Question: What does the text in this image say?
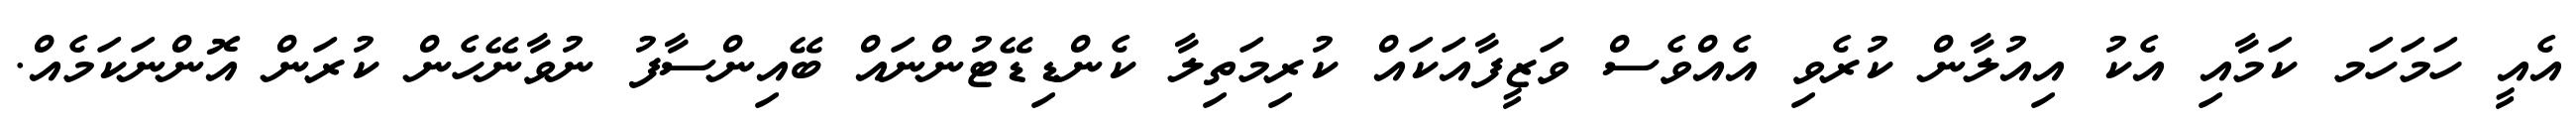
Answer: އެއީ ހަމަހަމ ކަމާއި އެކު އިއުލާން ކުރެވި އެއްވެސް ވަޒީފާއަކައް ކުރިމަތިލާ ކެންޑިޑޭޓުންނައް ބޭއިންސާފު ނުވާނޭހެން ކުރަން އޮންނަކަމެއް.